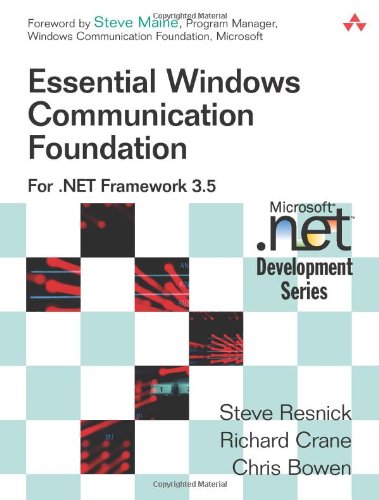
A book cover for Essential Windows Communication Foundation (WCF): For .NET Framework 3.5; Steve Resnick; Computers & Technology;